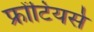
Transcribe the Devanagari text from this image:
फ्रोंटियर्स